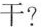
干?